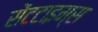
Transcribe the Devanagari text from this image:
सेंटटाइम्स